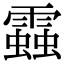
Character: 𧓑